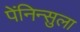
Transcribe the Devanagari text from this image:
पेंनिन्सुला